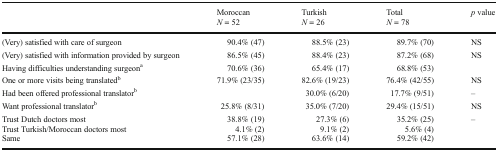
<table><thead><tr><td>[EMPTY_CELL]</td><td><b>Moroccan<i>N</i> = 52</b></td><td><b>Turkish<i>N</i> = 26</b></td><td><b>Total<i>N</i> = 78</b></td><td><b><i>p</i> value</b></td></tr></thead><tbody><tr><td>(Very) satisfied with care of surgeon</td><td>90.4% (47)</td><td>88.5% (23)</td><td>89.7% (70)</td><td>NS</td></tr><tr><td>(Very) satisfied with information provided by surgeon</td><td>86.5% (45)</td><td>88.4% (23)</td><td>87.2% (68)</td><td>NS</td></tr><tr><td>Having difficulties understanding surgeon<sup>a</sup></td><td>70.6% (36)</td><td>65.4% (17)</td><td>68.8% (53)</td><td>[EMPTY_CELL]</td></tr><tr><td>One or more visits being translated<sup>b</sup></td><td>71.9% (23/35)</td><td>82.6% (19/23)</td><td>76.4% (42/55)</td><td>NS</td></tr><tr><td>Had been offered professional translator<sup>b</sup></td><td>[EMPTY_CELL]</td><td>30.0% (6/20)</td><td>17.7% (9/51)</td><td>–</td></tr><tr><td>Want professional translator<sup>b</sup></td><td>25.8% (8/31)</td><td>35.0% (7/20)</td><td>29.4% (15/51)</td><td>NS</td></tr><tr><td>Trust Dutch doctors mostTrust Turkish/Moroccan doctors mostSame</td><td>38.8% (19)4.1% (2)57.1% (28)</td><td>27.3% (6)9.1% (2)63.6% (14)</td><td>35.2% (25)5.6% (4)59.2% (42)</td><td>–</td></tr></tbody></table>